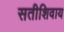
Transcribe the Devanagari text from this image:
सतीशिवाय